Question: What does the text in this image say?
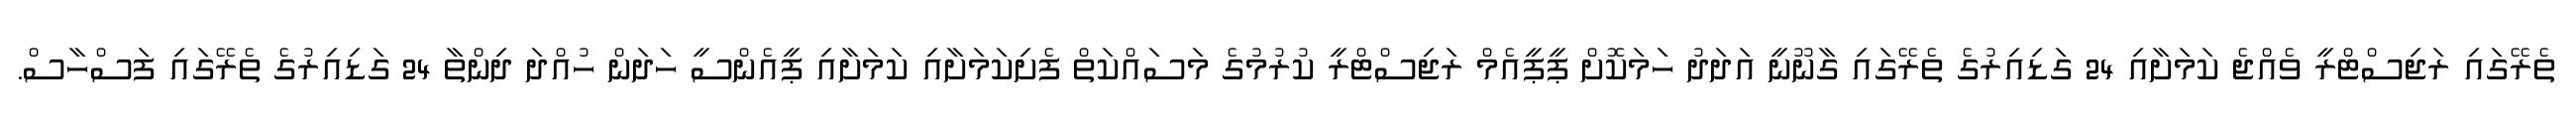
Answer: ތެރޭގައި ރަޖިސްޓްރީ ވެއްޖެ ކަމަށާއި 24 ގަޑިއިރުގެ ތެރޭގައި ގާނޫނީ އަދަދު ހަމަކޮށް ޕީޕީއެމް ރަޖިސްޓްރީ ކުރުމުގެ މަސައްކަތް ފެށިކަމަށާއި ކަމަށާއި ޕީއެންސީ ހަދަން ހުއްދަ ދިންތާ 24 ގަޑިއިރުގެ ތެރޭގައި ފަސްހާސް.